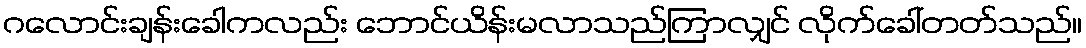
ဂလောင်းချန်းခေါကလည်း ဘောင်ယိန်းမလာသည်ကြာလျှင် လိုက်ခေါ်တတ်သည်။